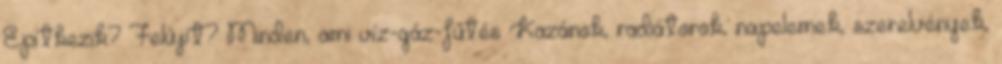
Építkezik? Felújít? Minden, ami víz-gáz-fűtés Kazánok, radiátorok, napelemek, szerelvények,